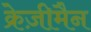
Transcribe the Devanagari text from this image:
क्रेज़ीमैन